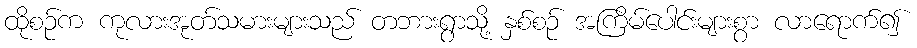
ထိုစဉ်က ကုလားအုတ်သမားများသည် တဘားရွာသို့ နှစ်စဉ် အကြိမ်ပေါင်းများစွာ လာရောက်၍